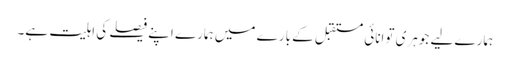
ہمارے لیے جوہری توانائی مستقبل کے بارے میں ہمارے اپنے فیصلے کی اہلیت ہے۔